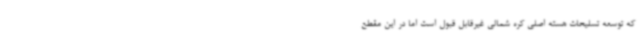
که توسعه تسلیحات هسته اصلی کره شمالی غیرقابل قبول است اما در این مقطع